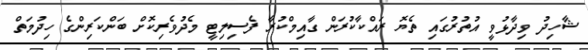
ޝާހިދު ވިދާޅުވީ އުތުރުގައި ތެޔޮ ރައްކާކުރަން ގާއިމްކުރާ ފެސިލިޓީ މެދުވެރިކޮށް ބަންކަރިންގެ ހިދުމަތް